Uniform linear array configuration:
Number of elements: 32
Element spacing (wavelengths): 0.25
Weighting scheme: blackman
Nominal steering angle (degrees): -60
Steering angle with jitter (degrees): -58.878
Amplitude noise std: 0.05
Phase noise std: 0.05

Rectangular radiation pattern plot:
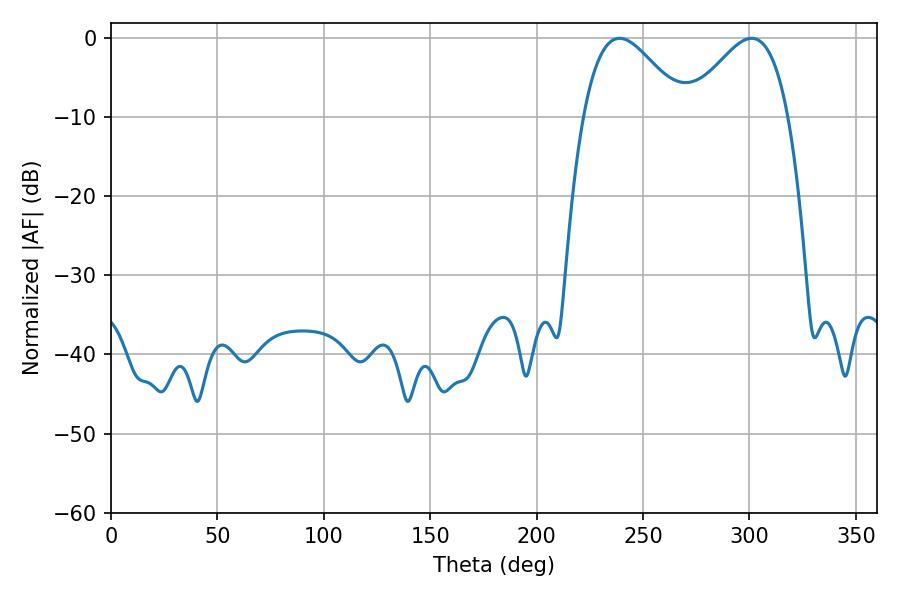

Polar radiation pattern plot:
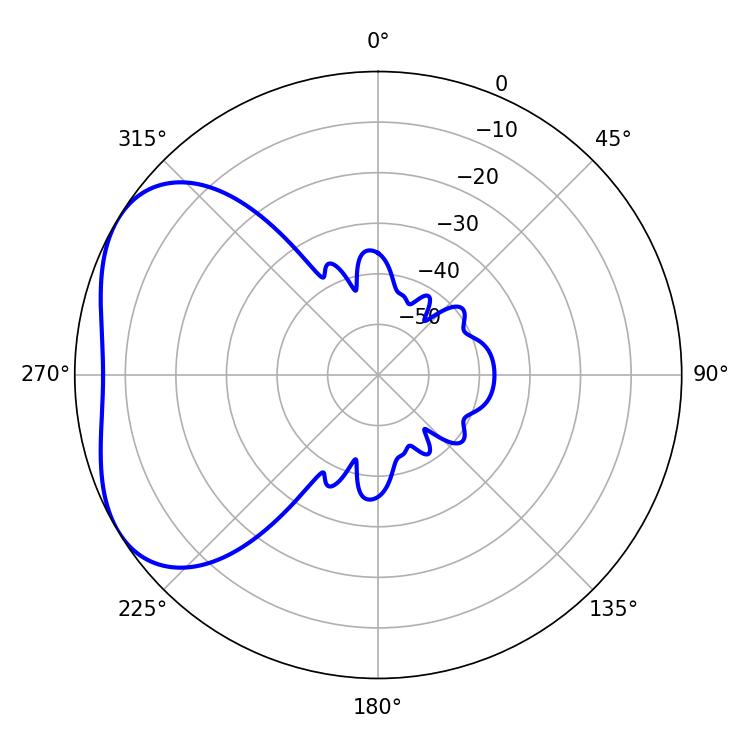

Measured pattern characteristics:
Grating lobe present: FALSE
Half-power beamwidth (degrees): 25.38
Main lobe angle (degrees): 239.04